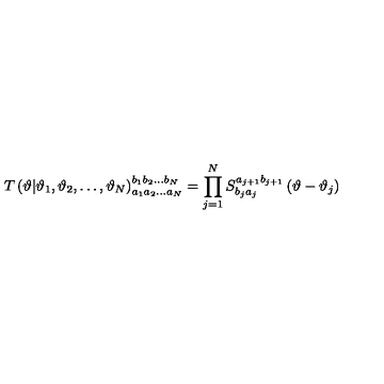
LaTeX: T \left( \vartheta | \vartheta _ { 1 } , \vartheta _ { 2 } , \ldots , \vartheta _ { N } \right) _ { a _ { 1 } a _ { 2 } \ldots a _ { N } } ^ { b _ { 1 } b _ { 2 } \ldots b _ { N } } = \prod _ { j = 1 } ^ { N } S _ { b _ { j } a _ { j } } ^ { a _ { j + 1 } b _ { j + 1 } } \left( \vartheta - \vartheta _ { j } \right)